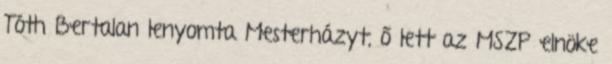
Tóth Bertalan lenyomta Mesterházyt, ő lett az MSZP elnöke